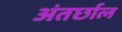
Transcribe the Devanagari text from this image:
अंतर्छाल